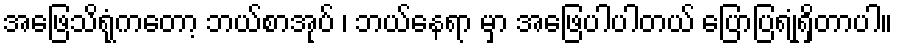
အဖြေသိရုံကတော့ ဘယ်စာအုပ် ၊ ဘယ်နေရာ မှာ အဖြေပါပါတယ် ပြောပြရုံရှိတာပါ။